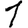
Digit: 1